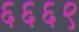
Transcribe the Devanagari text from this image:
६६६९